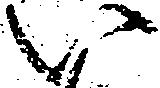
い